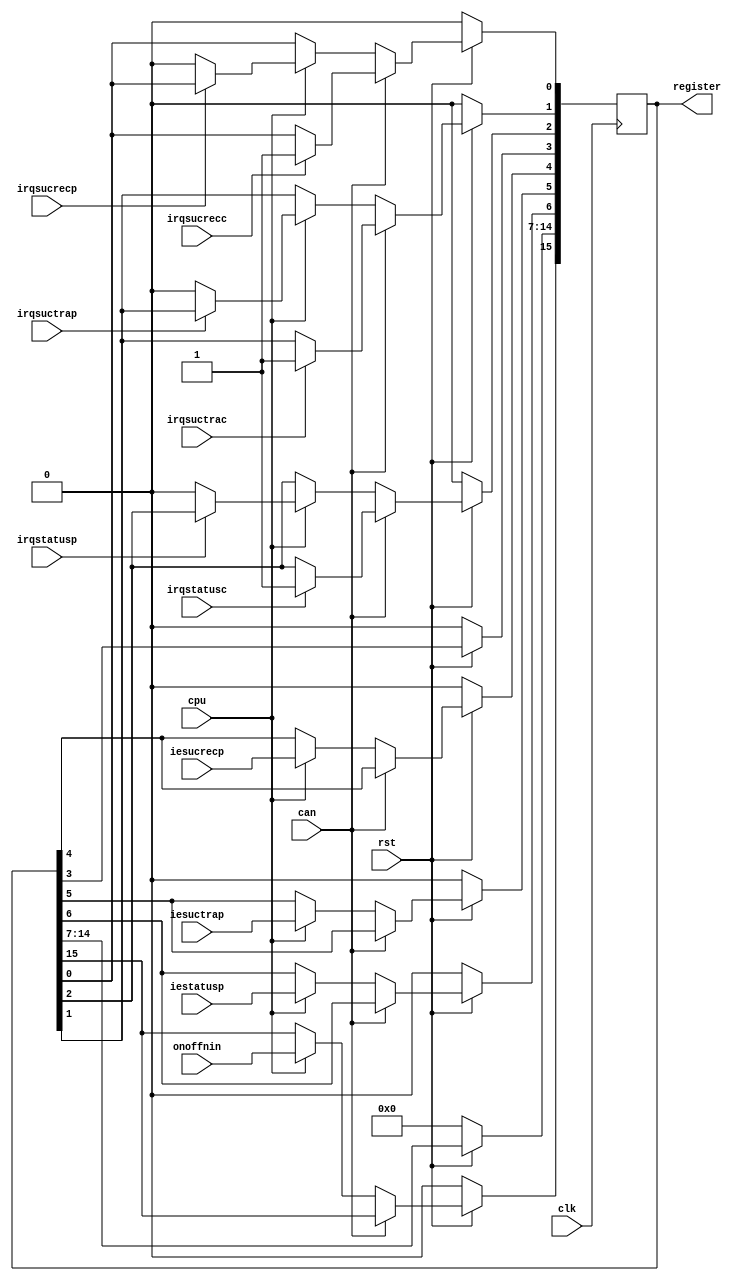
////////////////////////////////////////////////////////////////////////////////////////////////////
//
// Interessengruppe fuer Mikroelektronik und Eingebettete Systeme (IMES)
// Fachhochschule Dortmund
//
// Tool         : Mentor Graphics HDL Designer(TM) 2015.1b (Build 4)
// Description  : Interrupt register speichert sowohl IRQ-Informationen fr die CPU
//                als auch die enable signale.
// Commentary   : Changed port name reg to register during translation (VHDL).
//
// Changelog:
// -------------------------------------------------------------------------------------------------
// Version | Author             | Date       | Changes
// -------------------------------------------------------------------------------------------------
// 0.9     | Leduc              | 22.05.2019 | created
// -------------------------------------------------------------------------------------------------
//
////////////////////////////////////////////////////////////////////////////////////////////////////

//`resetall
//`timescale 1ns/10ps
//`default_nettype none

module interrupregister2(
    input wire clk,
    input wire rst,
    input wire cpu,            // CPU wuenscht Zugriff
    input wire can,            // controller wuenscht Zugriff
    input wire onoffnin,
    input wire iestatusp,
    input wire iesuctrap,
    input wire iesucrecp,
    input wire irqstatusp,
    input wire irqsuctrap,
    input wire irqsucrecp,
    input wire irqstatusc,
    input wire irqsuctrac,
    input wire irqsucrecc,
    output reg [15:0] register  // Interruptregister
);

always@(posedge clk)
begin
  if (rst == 1'b0) begin
    register <= 16'd0;
    end
  else if (can == 1'b1) begin
    if (irqstatusc == 1'b1)
      register[2] <= irqstatusc;   // Nur Setzen des Status Interruptes mglich
    if (irqsuctrac == 1'b1)
      register[1] <= irqsuctrac;   // Nur Setzen des Successful transmit Interruptes moeglich 
    if (irqsucrecc == 1'b1)
        register[0] <= irqsucrecc;   // Nur Setzen des Successful receive Interruptes moeglich       
    end
  else if (cpu == 1'b1) begin
    register[15] <= onoffnin;
    register[6]  <= iestatusp;
    register[5]  <= iesuctrap;
    register[4]  <= iesucrecp;
    if (irqstatusp == 1'b0)       // Nur Rcksetzen des Status Interruptes mglich
     register[2] <= irqstatusp;
    if (irqsuctrap == 1'b0)       // Nur Rcksetzen des Tranmit Interruptes mglich
     register[1] <= irqsuctrap;
    if (irqsucrecp == 1'b0)       // Nur Rcksetzen des Receive Interruptes mglich
     register[0] <= irqsucrecp;      
    end
end
    
endmodule